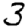
Digit: 3